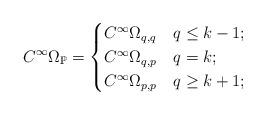
LaTeX: \begin{align*}C^{\infty}\Omega_{\mathbb{P}}=\begin{cases}C^{\infty}\Omega_{q,q} & q\le k-1;\\C^{\infty}\Omega_{q,p} & q=k;\\C^{\infty}\Omega_{p,p} & q\ge k+1;\end{cases}\end{align*}